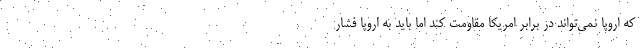
كه اروپا نمي‌تواند در برابر امريكا مقاومت كند اما بايد به اروپا فشار